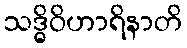
သဒ္ဓိဝိဟာရိနာတိ